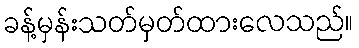
ခန့်မှန်းသတ်မှတ်ထားလေသည်။